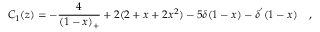
C _ { 1 } ( z ) = - \frac { 4 } { ( 1 - x ) _ { + } } + 2 ( 2 + x + 2 x ^ { 2 } ) - 5 \delta ( 1 - x ) - \delta ^ { ' } ( 1 - x ) ~ ~ ~ ,